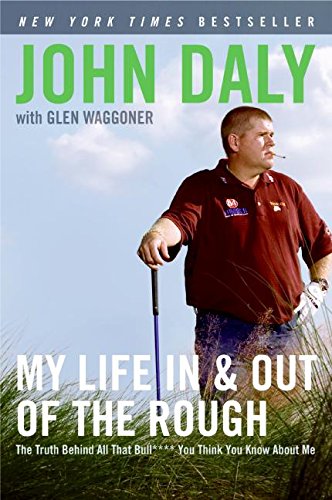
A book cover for My Life in and out of the Rough: The Truth Behind All That Bull**** You Think You Know About Me; John Daly; Biographies & Memoirs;